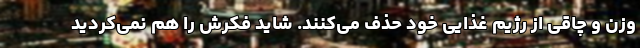
وزن و چاقی از رژیم غذایی خود حذف می‌کنند. شاید فکرش را هم نمی‌کردید